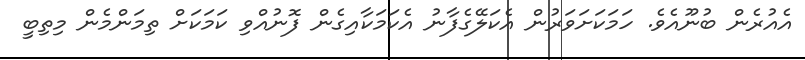
އެއުރެން ބުނޫއެވެ. ހަމަކަށަވަރުން އެކަލޭގެފާނު އެކަމަކާއިގެން ފޮނުއްވި ކަމަކަށް ތިމަންމެން މިތިބީ